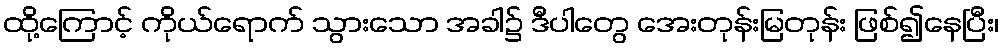
ထို့ကြောင့် ကိုယ်ရောက် သွားသော အခါ၌ ဒီပါတွေ အေးတုန်းမြတုန်း ဖြစ်၍နေပြီး၊